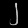
Digit: ၂